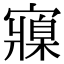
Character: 寱